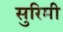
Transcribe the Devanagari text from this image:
सुरिमी